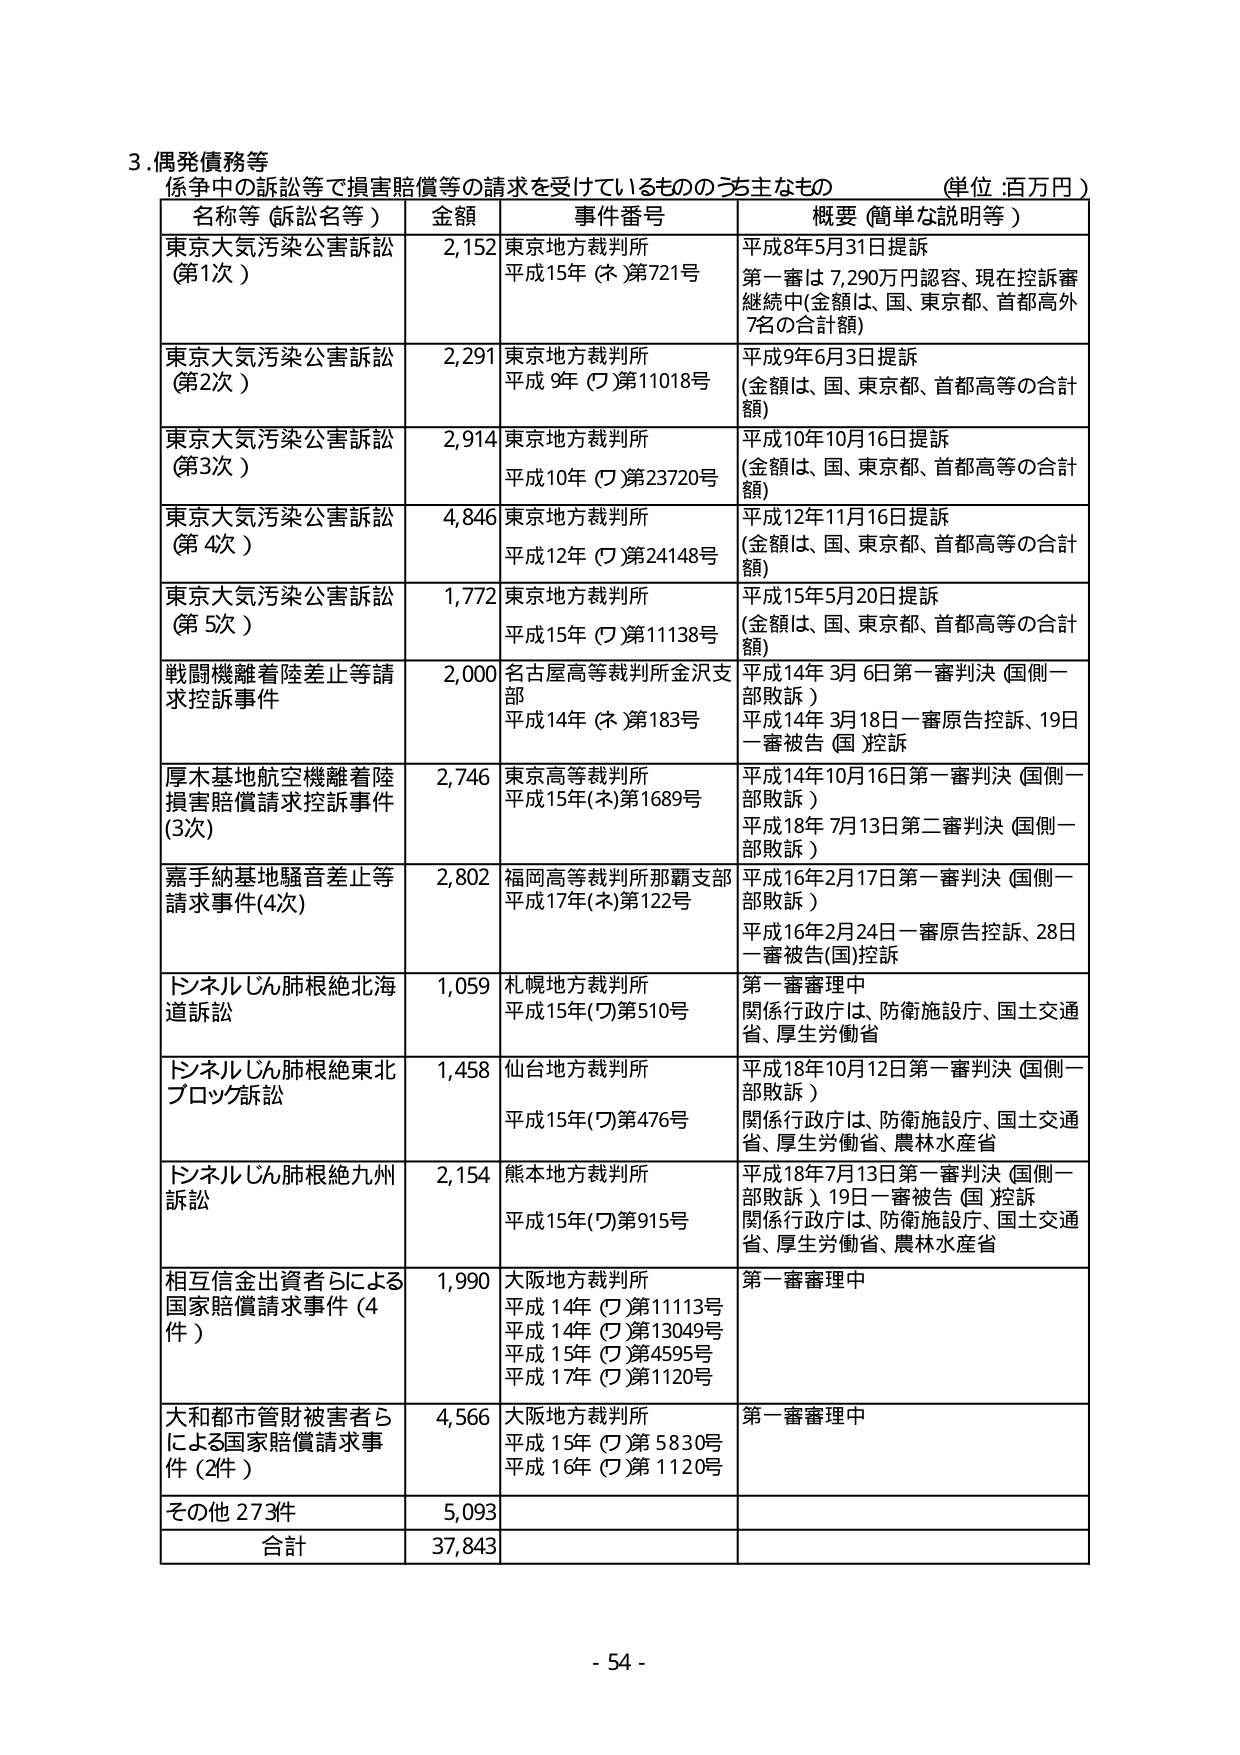
3. 偶発債務等
係争中の訴訟等で損害賠償等の請求を受けているもののうち主なもの （単位：百万円）

名称等（訴訟名等）　　金額　　事件番号　　概要（簡単な説明等）

東京大気汚染公害訴訟（第1次）　　2,152　　東京地方裁判所 平成15年（ネ）第721号　　平成8年5月31日提訴 第一審は7,290万円認容、現在控訴審継続中（金額は、国、東京都、首都高外7名の合計額）

東京大気汚染公害訴訟（第2次）　　2,291　　東京地方裁判所 平成9年（ワ）第11018号　　平成9年6月3日提訴 （金額は、国、東京都、首都高等の合計額）

東京大気汚染公害訴訟（第3次）　　2,914　　東京地方裁判所 平成10年（ワ）第23720号　　平成10年10月16日提訴 （金額は、国、東京都、首都高等の合計額）

東京大気汚染公害訴訟（第4次）　　4,846　　東京地方裁判所 平成12年（ワ）第24148号　　平成12年11月16日提訴 （金額は、国、東京都、首都高等の合計額）

東京大気汚染公害訴訟（第5次）　　1,772　　東京地方裁判所 平成15年（ワ）第11138号　　平成15年5月20日提訴 （金額は、国、東京都、首都高等の合計額）

戦闘機離着陸差止等請求控訴事件　　2,000　　名古屋高等裁判所金沢支部 平成14年（ネ）第183号　　平成14年3月6日第一審判決（国側一部敗訴） 平成14年3月18日一審原告控訴、19日一審被告（国）控訴

厚木基地航空機離着陸損害賠償請求控訴事件（3次）　　2,746　　東京高等裁判所 平成15年（ネ）第1689号　　平成14年10月16日第一審判決（国側一部敗訴） 平成18年7月13日第二審判決（国側一部敗訴）

嘉手納基地騒音差止等請求事件（4次）　　2,802　　福岡高等裁判所那覇支部 平成17年（ネ）第122号　　平成16年2月17日第一審判決（国側一部敗訴） 平成16年2月24日一審原告控訴、28日一審被告（国）控訴

ドンネルじん肺根絶北海道訴訟　　1,059　　札幌地方裁判所 平成15年（ワ）第510号　　第一審審理中 関係行政庁は、防衛施設庁、国土交通省、厚生労働省

ドンネルじん肺根絶東北ブロック訴訟　　1,458　　仙台地方裁判所 平成15年（ワ）第476号　　平成18年10月12日第一審判決（国側一部敗訴） 関係行政庁は、防衛施設庁、国土交通省、厚生労働省、農林水産省

ドンネルじん肺根絶九州訴訟　　2,154　　熊本地方裁判所 平成15年（ワ）第915号　　平成18年7月13日第一審判決（国側一部敗訴） 19日一審被告（国）控訴 関係行政庁は、防衛施設庁、国土交通省、厚生労働省、農林水産省

相互信金出資者らによる国家賠償請求事件（4件）　　1,990　　大阪地方裁判所 平成14年（ワ）第11113号 平成14年（ワ）第13049号 平成15年（ワ）第4595号 平成17年（ワ）第1120号　　第一審審理中

大和都市管財被害者らによる国家賠償請求事件（2件）　　4,566　　大阪地方裁判所 平成15年（ワ）第5830号 平成16年（ワ）第1120号　　第一審審理中

その他273件　　5,093

合計　　37,843

- 54 -